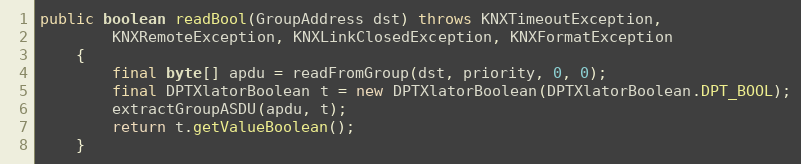
Language: Java
public boolean readBool(GroupAddress dst) throws KNXTimeoutException,
		KNXRemoteException, KNXLinkClosedException, KNXFormatException
	{
		final byte[] apdu = readFromGroup(dst, priority, 0, 0);
		final DPTXlatorBoolean t = new DPTXlatorBoolean(DPTXlatorBoolean.DPT_BOOL);
		extractGroupASDU(apdu, t);
		return t.getValueBoolean();
	}